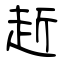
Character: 赾